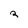
Character: 2